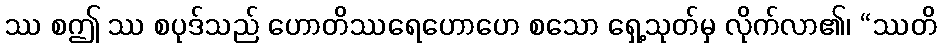
ဿ စဤ ဿ စပုဒ်သည် ဟောတိဿရေဟောဟေ စသော ရှေ့သုတ်မှ လိုက်လာ၏၊ “ဿတိ